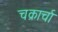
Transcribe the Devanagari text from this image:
चक्रार्चा